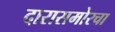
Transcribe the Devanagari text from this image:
दारासमोरचा